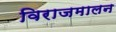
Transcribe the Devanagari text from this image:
विराजमालन